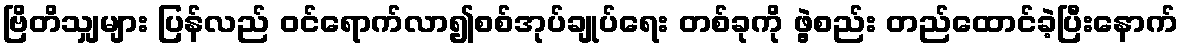
ဗြိတိသျှများ ပြန်လည် ဝင်ရောက်လာ၍စစ်အုပ်ချုပ်ရေး တစ်ခုကို ဖွဲ့စည်း တည်ထောင်ခဲ့ပြီးနောက်